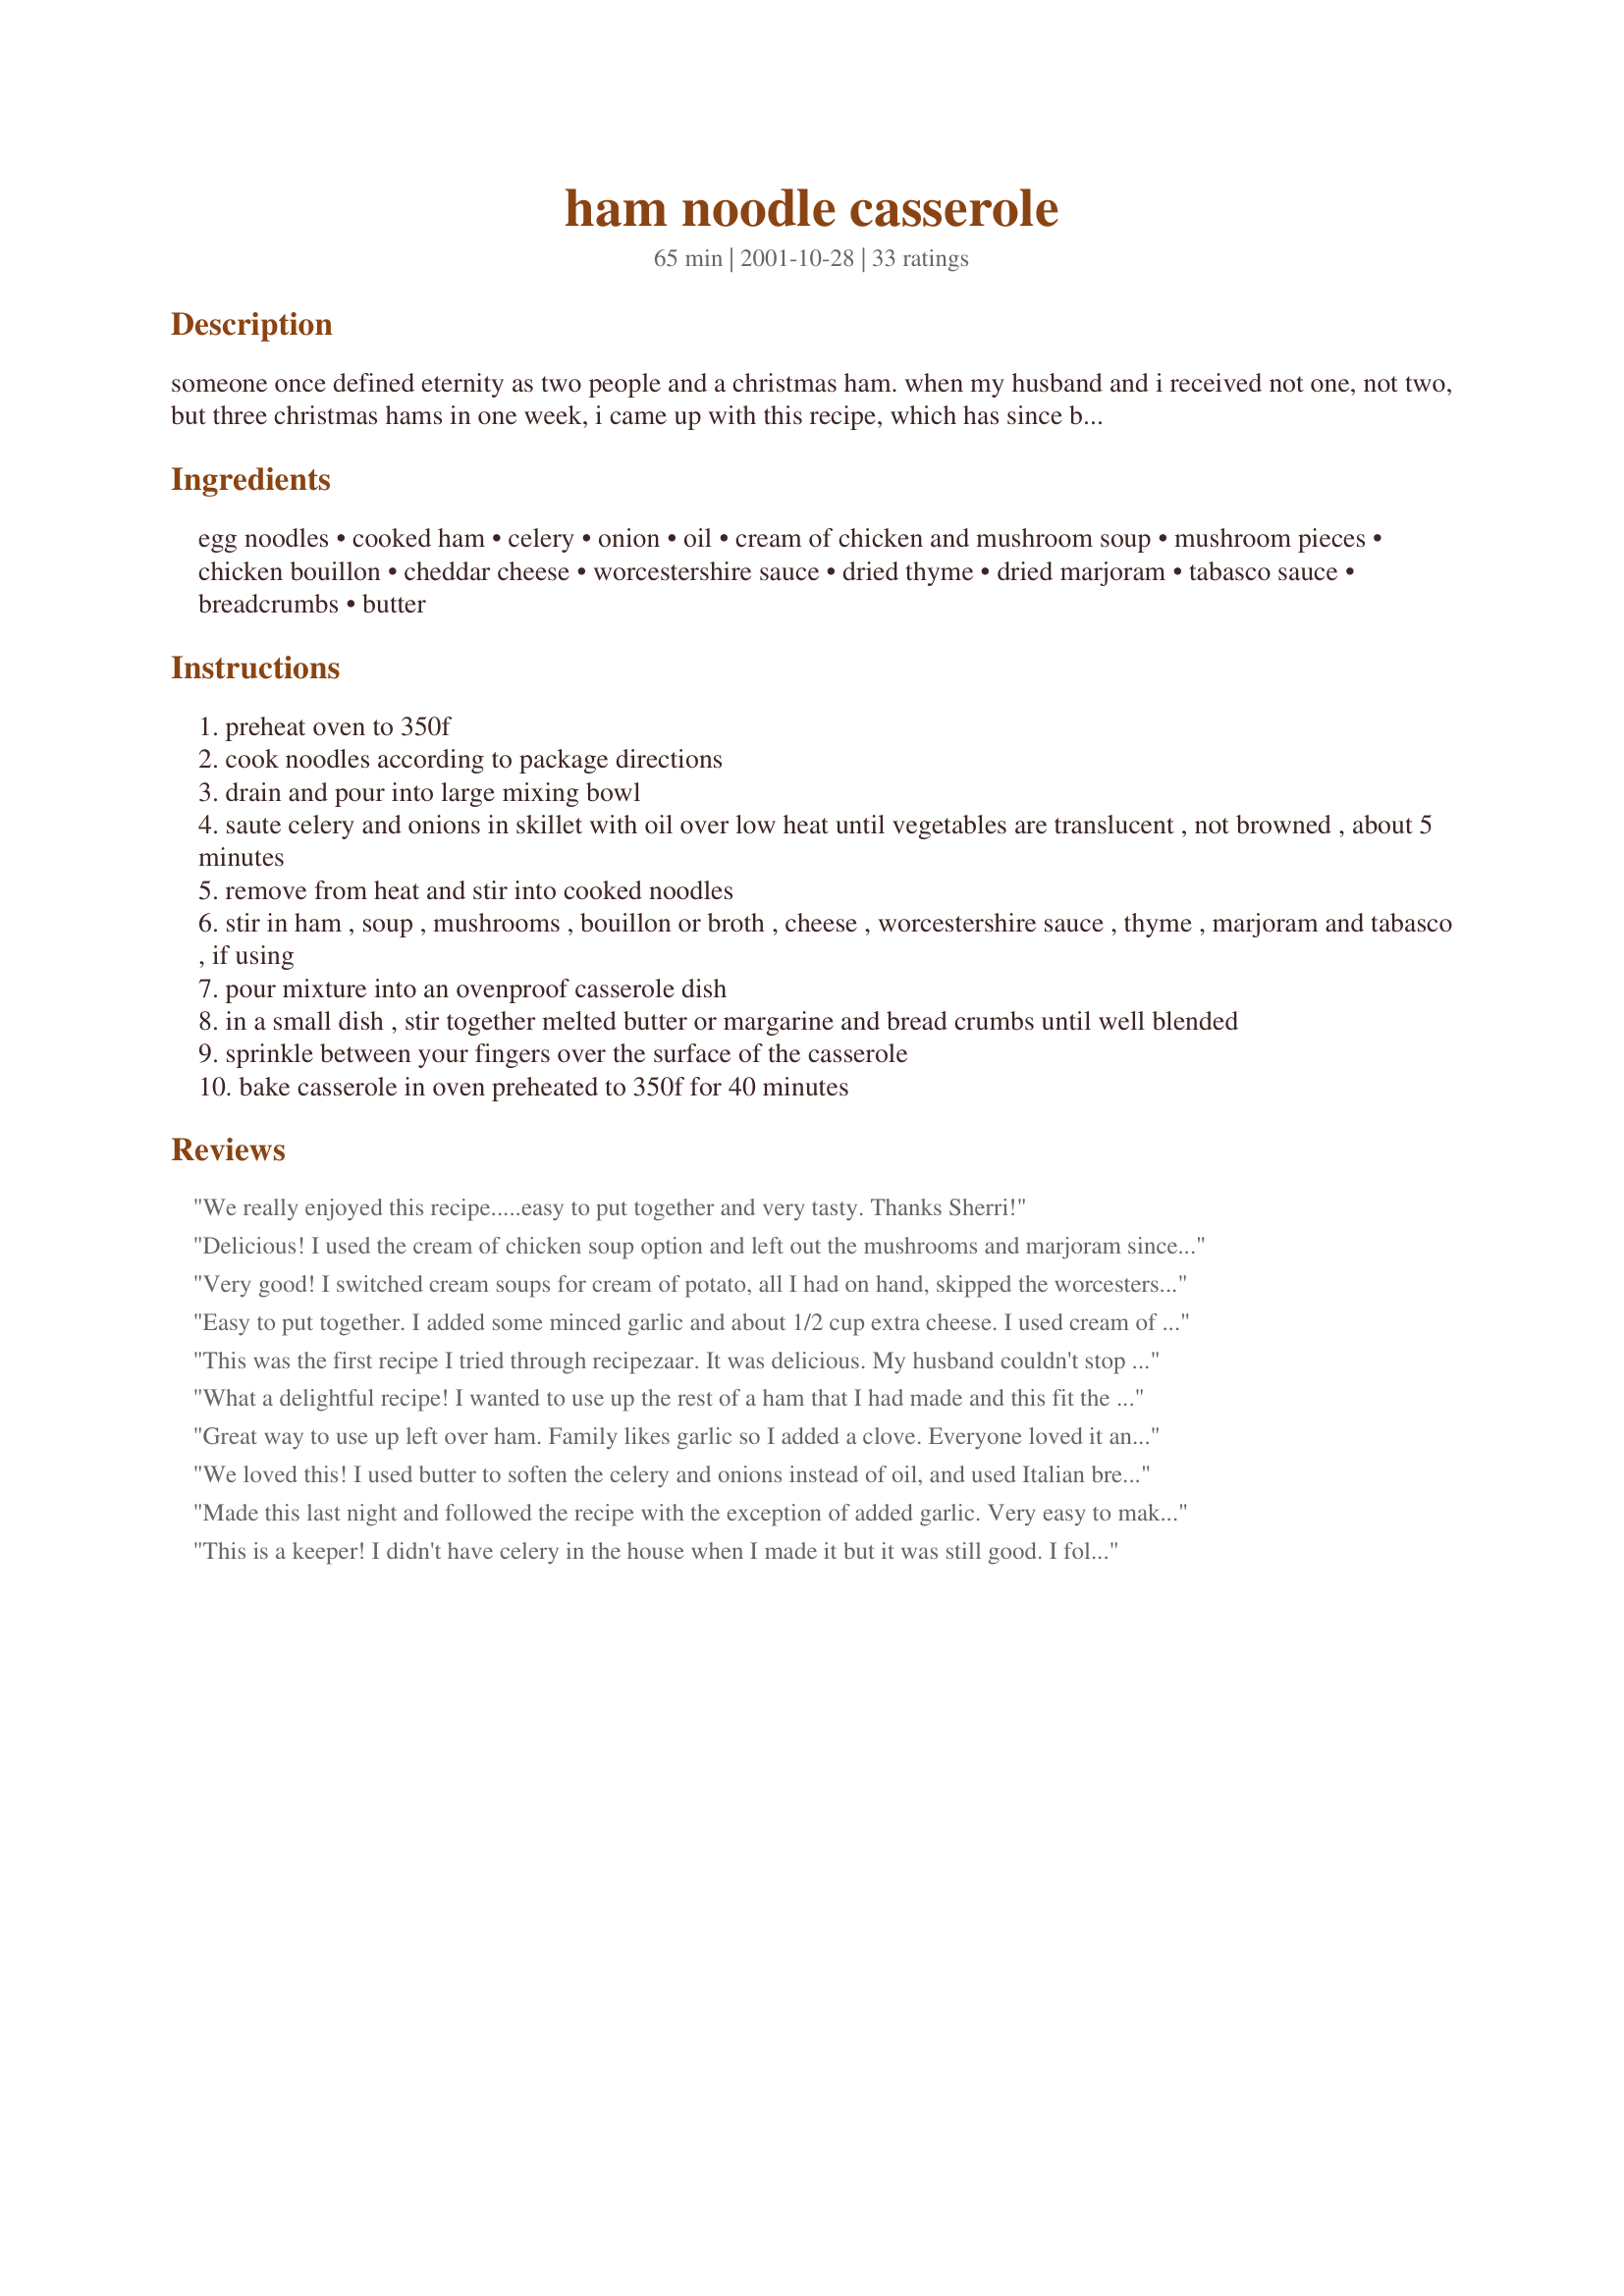
ham noodle casserole
Preparation time: 65 minutes

someone once defined eternity as two people and a christmas ham. when my husband and i received not one, not two, but three christmas hams in one week, i came up with this recipe, which has since become one of our post-holiday favorites.

Ingredients:
egg noodles, cooked ham, celery, onion, oil, cream of chicken and mushroom soup, mushroom pieces, chicken bouillon, cheddar cheese, worcestershire sauce, dried thyme, dried marjoram, tabasco sauce, breadcrumbs, butter

Steps:
preheat oven to 350f
cook noodles according to package directions
drain and pour into large mixing bowl
saute celery and onions in skillet with oil over low heat until vegetables are translucent , not browned , about 5 minutes
remove from heat and stir into cooked noodles
stir in ham , soup , mushrooms , bouillon or broth , cheese , worcestershire sauce , thyme , marjoram and tabasco , if using
pour mixture into an ovenproof casserole dish
in a small dish , stir together melted butter or margarine and bread crumbs until well blended
sprinkle between your fingers over the surface of the casserole
bake casserole in oven preheated to 350f for 40 minutes

Reviews:
We really enjoyed this recipe.....easy to put together and very tasty. Thanks Sherri!
Delicious! I used the cream of chicken soup option and left out the mushrooms and marjoram since I did not have them on hand. Eveyone liked this dish so it will be made again! Thx Sherri.
Very good! I switched cream soups for cream of potato, all I had on hand, skipped the worcestershire and marjoram and tabasco as I was out, also didn't need the broth, mixture was creamy enough by adding most water from the bottled mushroom slices. I used more butttery breadcrumbs that I made from crushing homemade croutons and put little chunks of cheese around top to form a cheesy bread crumb top, nice to spoon into.
Easy to put together. I added some minced garlic and about 1/2 cup extra cheese. I used cream of mushroom and beef broth (my hubby is allergic to all poultry) and I used only 3 dashes of tabasco. My husband and I LOVED it! My 10-year-old son (who is picky anyway) did not like it. Excellent flavor! I will be making this again when I have leftover ham!
This was the first recipe I tried through recipezaar. It was delicious. My husband couldn't stop eating it!! Very easy, made it in the morning and popped it in the oven supper time. Thank you!!
What a delightful recipe! I wanted to use up the rest of a ham that I had made and this fit the bill. I was unsure about Worcestershire sauce but followed the spices (including the Worcestershire) as directed except for adding in a clove of garlic that I minced in with the onion. Used the Cream of chicken version. At first taste hubby and I were not sure if we liked it, but after several bites we changed our minds. Hubby even took it for lunch the following day. That is high praise from him. Thanks Sherri for providing your recipe.
Great way to use up left over ham. Family likes garlic so I added a clove. Everyone loved it and didn't have any leftovers. Thanks for a great recipe.
We loved this! I used butter to soften the celery and onions instead of oil, and used Italian breadcrumbs for the topping. Soo good!
Thanks!
Made this last night and followed the recipe with the exception of added garlic. Very easy to make. I think if I were to make this again I would cut down on the amount of noodles or add more ham. My hubby & I both liked it .
This is a keeper! I didn't have celery in the house when I made it but it was still good. I followed others' advice and added a little garlic and increased the amount of cheese. Thanks for the new recipe!
This is similar to a recipe i have, but couldnt find. I subbed brocoli(chopped) for celery and sauted it with the onion in butter, and used 2 cans of soup(one celery and one mush) and also a half can of milk because i like my casseroles extra creamy. and therefor i didnt use the broth. will use macaroni noodles or some other type next time as the egg noodles seemed to be mushy. only 4 stars because i didnt like the thyme flavor at all.will have to experiement with that. i usually put black olives in but didnt have them this time. overall, pretty good.
This recipe has the potential to be awesome but we found it to be a little bland. I even added garlic, extra cheese, and a little extra broth but it was still a little dry and the noodles on the sides of the casserole got a bit crunchy after 35 minutes. Maybe it needs some pepper or maybe the cream of chicken soup might have given it more flavor than the cream of mushroom did. I don't know, but it wasn't bad and I'd try making it again with added spices, liquids, etc. It was very easy to make though!
My DH did not like the flavor of the thyme in it. I will omit next time. My son liked it fine though. Maybe it's a personal preference on the herb one uses. It was easy to make, and it would be easy to tweak the ingredients the way your family likes it. It was not dry like another ham and noodle casserole I have tried in the past.
Really good. I did not have marjoram so I didn&#039;t use it.
Made a double batch of this delicious stuff and Oh, My! What a huge batch it was. Didn't have time to bake it in the oven, so opted to make everything stove top and it still came out delicious!
Good leftover ham recipe! I sub'd cream of Celery and it was great.
Yummy! I added garlic and used fresh mushrooms. Instead of tobasco, I used Cholula Chipotle Hot Sauce because I prefer it to tobasco. A great, Quick way to reuse ham. The whole family liked it!
I liked this a lot, and it was easy to make. I left out the mushrooms, and tobasco sauce- since the kids won't eat anything even remotely spicy. Thanks for a nice addition to my casserole cookbook!
I was a bit apprehensive when I made this - but had a bunch of left over ham and needed dinner...so off I went. This is what I did. Used 1 can cream of celery soup, more than 1/2 C chicken stock - maybe 2/3 C based on other reviews. Softened celery (4 - 5 sm ribs) and 1 small onion diced in 2TBL butter. Used about 5 oz of low fat velveeta - cut up. About 8 oz egg noodles as directed...added a couple of shakes of worcestershire and a couple of shakes of hot sauce and the thyme and the marjoram. Here&#039;s the kicker. I had a huge bunch of asparagus and added that raw (washed and trimmed) to the noodles and mixed with the rest and put it into the oven. I was PLEASANTLY surprised. Really liked this. The asparagus was perfectly cooked, the cheese was creamy with the chicken stock and the soup. If I have leftover ham - THIS is the recipe I&#039;ll make. Thanks for posting!
My family really didn't care for this. It was fast, easy and a nice way to use left over ham but they just didn't like the taste. I may try it again using different herbs or leaving them out. Thanks for posting it, it did give me a recipe to work with to match our own tastes.
This was comfort food deluxe. I had been searching for a recipe to use my leftover ham. This did not dissappoint. I used reduced fat soup, fat free cheddar and ommitted the butter. Was still nice and creamy. Will definitely revisit this easy, yet delicious, recipe.
Very good. Used fresh sauteed mushrooms - 3 cups. Also used halushka noodles.
My family did not like this at all. Made exactly as directed. The worcestershire sauce was overpowering. Good concept, just did not meet our taste.
Fantastic! This recipe had great flavor, but not too overpowering. I did not have celery so I used a half can of cream of celery soup and one can of cream of mushroom soup. I used extra cheese. My husband said this is the best thing I have made. We will make this again!
We were VERY impressed with this recipe. I have been on a search for a good ham and noodle casserole for years and this truly fit the bill. The spices are amazing. I sauteed in white wine instead of oil and used 8 oz fresh mushrooms, a couple cloves of fresh garlic and threw in some thawed frozen spinach. It was excellent, I'll be making this again!
This is really good and so easy to prepare. My family devoured this as it was a bit different then the usual casseroles I make. I just simply served this with some bread and butter and a side of greens. Thank you for sharing with us.
Great casserole using leftover ham. I left out the tabasco, and mushrooms, but added leftover corn. Spices are great....great flavor. I used cream of mushroom soup and about a can of water instead of chicken boullion. I also left out the oil and sauteed the onion and celery in a pam coated pan. Thanks for a tasty dish Sherri.
Very easy and very tasty!
I made this tonight and it was very good. I omitted the hot sauce and the mushrooms, because the people I was making this for (parents) don't care for either one. But it was very good and I'll be making it again. Yes BTW, I also doubled it using exact measurments from the recipe and it was fine. If I did anything to it I would maybe add more cheese, but as I said,..it's quite good as it is.
Easy to make with good flavor.I added about half a pound of melted velvetta so the kids would eat it better the second time I made it.Gave it a extra kick that pushed it into a company's coming for dinner dish.
Thanks for the recipe! I've been trying to find ways to use the ham that I have frozen from Christmas. This was easy and yummy. My two little girls really liked it too. Used cream of chicken soup and omitted the mushrooms since we don't care for them. The tabasco sauce was a great touch!
Thanks for the BEST ham and noodle casserole I have found! I used the cream of chicken soup option, as I thought it would yield the best flavor and I wasn&#039;t disappointed. I substituted 6 ounces of fresh crimini brown mushrooms, as that is what I had on hand and doubled the amount of butterred breadcrumbs. To keep the salt content down, I subbed water for the broth. The thyme, marjoram, Worcestershire, and hot sauce enhanced the yummy flavors without overpowering anything.
This was great! I added 1/2 can of spinach and it was ok. Next time I think I'll try peas instead.
